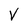
Character: V